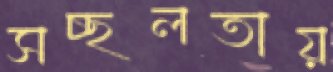
সচ্ছলতায়